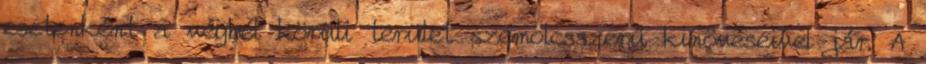
esetenként a végbél körüli terület szemölcsszerű kinövéseivel jár. A